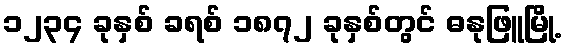
၁၂၃၄ ခုနှစ် ခရစ် ၁၈၇၂ ခုနှစ်တွင် ဓနုဖြူမြို့